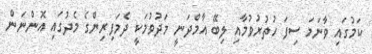
ކަމުގައި ވާނަމަ ސިފަ ހުތުރުވުމާއި ލިބޭ އާމްދަނީ މަދުވުމަކީ ދެމަފިރިންގެ މެދުގައި އޮންނަން